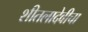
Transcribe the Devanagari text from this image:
शीतलादेवीचा